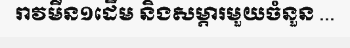
រាវមីន១ដើម និងសម្ភារមួយចំនួន ...